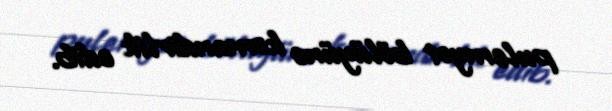
pulemyot bölüyünə komandirlik edib.